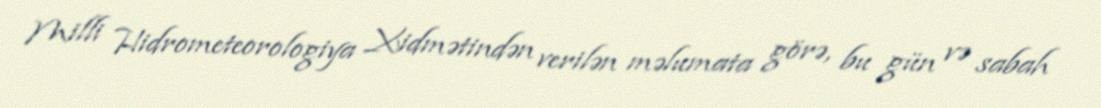
Milli Hidrometeorologiya Xidmətindən verilən məlumata görə, bu gün və sabah